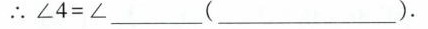
∴$$ ∠4=∠_____ $$(______)。